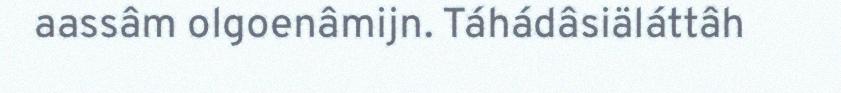
aassâm olgoenâmijn. Táhádâsiäláttâh